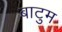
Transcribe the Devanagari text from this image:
बाटुम